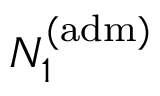
N _ { 1 } ^ { \mathrm { ( a d m ) } }